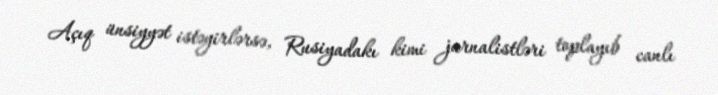
Açıq ünsiyyət istəyirlərsə, Rusiyadakı kimi jurnalistləri toplayıb canlı